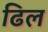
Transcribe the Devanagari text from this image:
ढिल